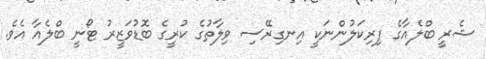
ޝެރީ ބްލެއާގެ ފިރިކަލުންނަކީ އިނގިރޭސި ވިލާތުގެ ކުރީގެ ބޮޑުވަޒީރު ޓޯނީ ބްލެއާ އެވެ.